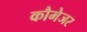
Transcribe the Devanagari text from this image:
कौमेजर